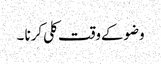
وضوکےوقت کلی کرنا ۔